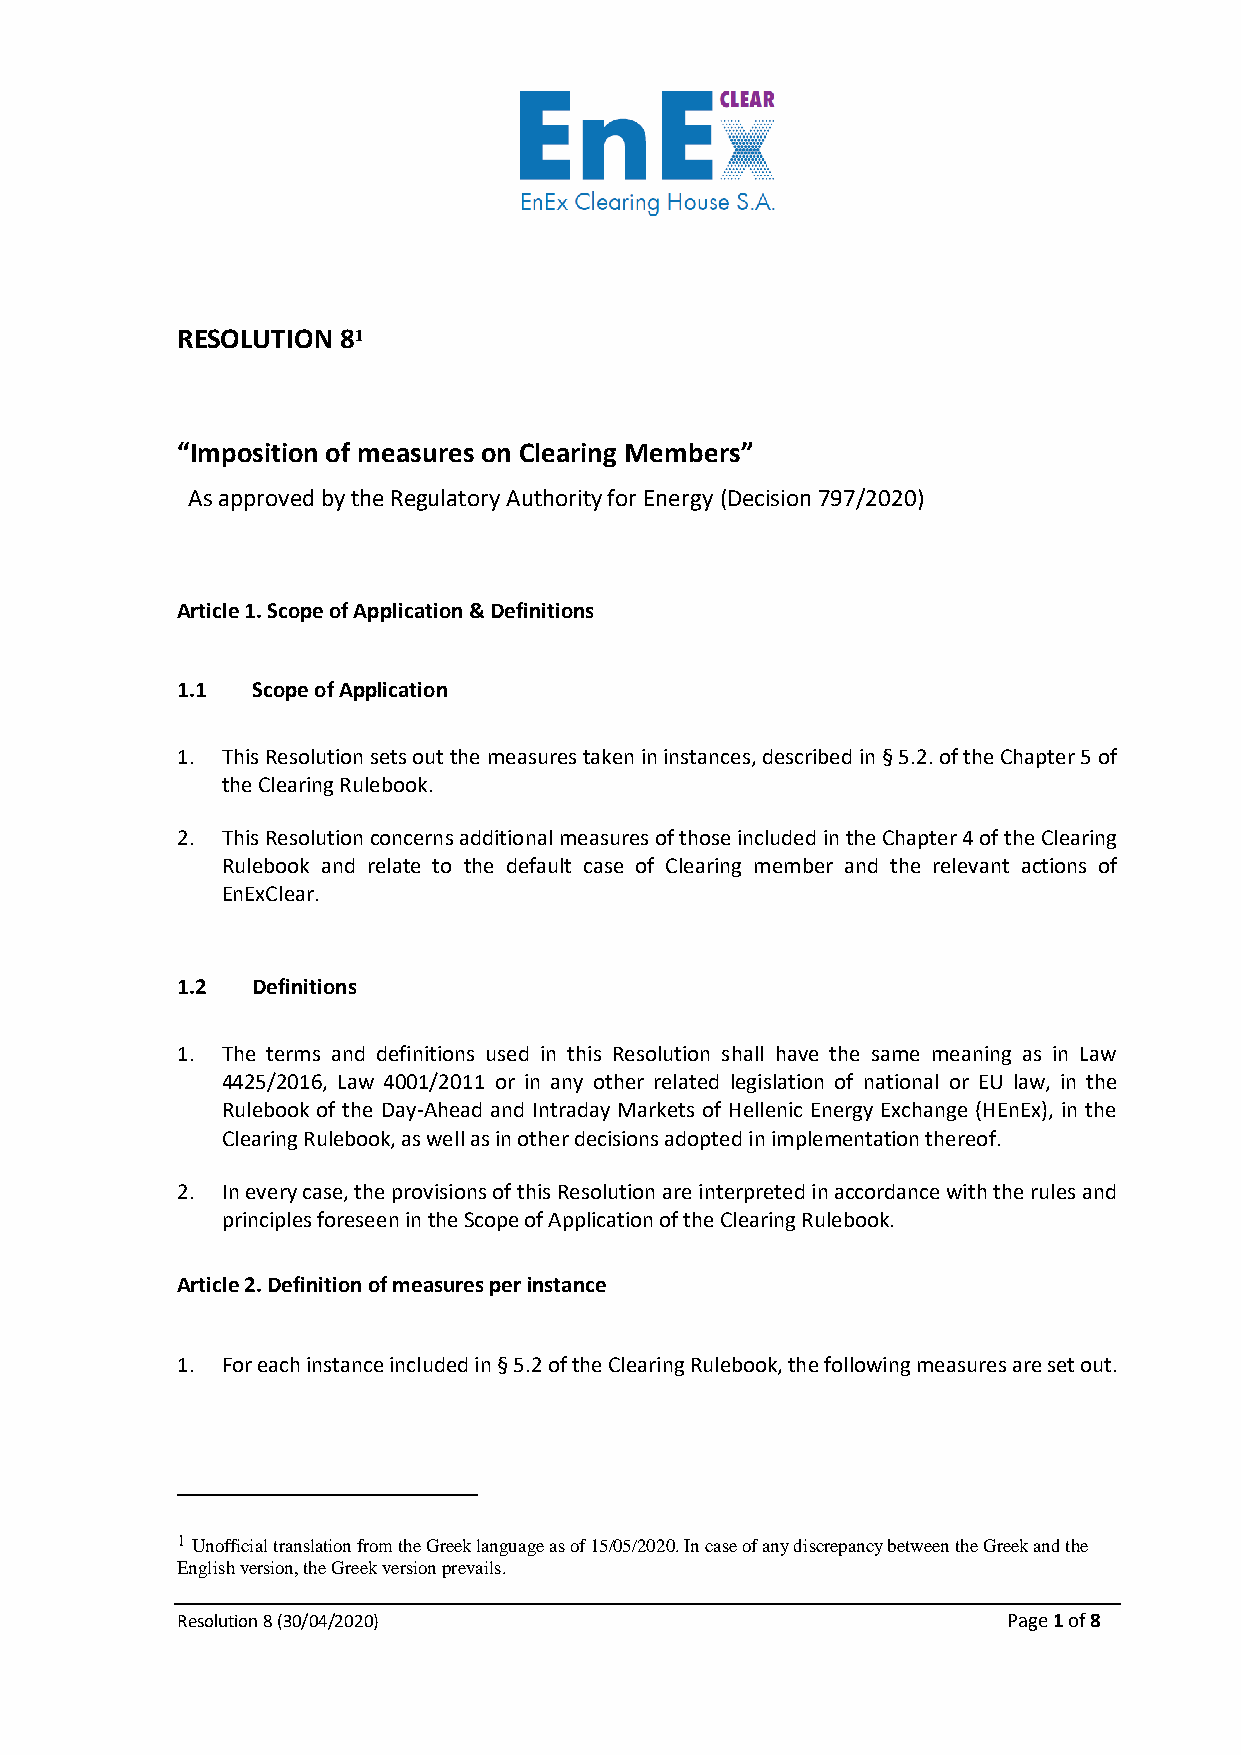
RESOLUTION 81
 “Imposition of measures on Clearing Members”
 As approved by the Regulatory Authority for Energy (Decision 797/2020)
 Article 1. Scope of Application & Definitions
 1.1  Scope of Application
 1. This Resolution sets out the measures taken in instances, described in § 5.2. of the Chapter 5 of
 the Clearing Rulebook.
 2. This Resolution concerns additional measures of those included in the Chapter 4 of the Clearing
 Rulebook and relate to the default case of Clearing member and the relevant actions of
 EnExClear.
 1.2  Definitions
 1. The terms and definitions used in this Resolution shall have the same meaning as in Law
 4425/2016, Law 4001/2011 or in any other related legislation of national or EU law, in the
 Rulebook of the Day-Ahead and Intraday Markets of Hellenic Energy Exchange (HEnEx), in the
 Clearing Rulebook, as well as in other decisions adopted in implementation thereof.
 2. In every case, the provisions of this Resolution are interpreted in accordance with the rules and
 principles foreseen in the Scope of Application of the Clearing Rulebook.
 Article 2. Definition of measures per instance
 1. For each instance included in § 5.2 of the Clearing Rulebook, the following measures are set out.
 1 Unofficial translation from the Greek language as of 15/05/2020. In case of any discrepancy between the Greek and the
 English version, the Greek version prevails.
 Resolution 8 (30/04/2020)                              Page 1 of 8